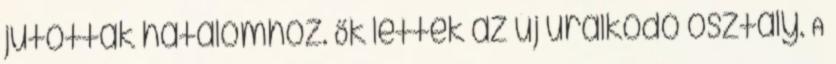
jutottak hatalomhoz. Ők lettek az új uralkodó osztály. A